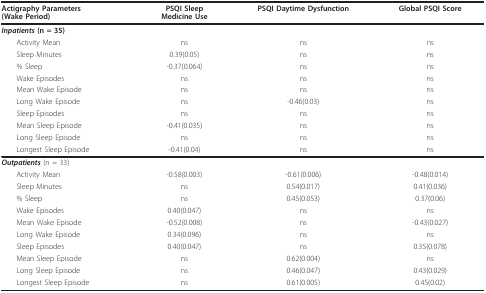
| Actigraphy Parameters(Wake Period) | PSQI SleepMedicine Use | PSQI Daytime Dysfunction | Global PSQI Score |
 | --- | --- | --- | --- |
 | Inpatients (n = 35) |  |  |  |
 | Activity Mean | ns | ns | ns |
 | Sleep Minutes | 0.39(0.05) | ns | ns |
 | % Sleep | -0.37(0.064) | ns | ns |
 | Wake Episodes | ns | ns | ns |
 | Mean Wake Episode | ns | ns | ns |
 | Long Wake Episode | ns | -0.46(0.03) | ns |
 | Sleep Episodes | ns | ns | ns |
 | Mean Sleep Episode | -0.41(0.035) | ns | ns |
 | Long Sleep Episode | ns | ns | ns |
 | Longest Sleep Episode | -0.41(0.04) | ns | ns |
 | Outpatients (n = 33) |  |  |  |
 | Activity Mean | -0.58(0.003) | -0.61(0.006) | -0.48(0.014) |
 | Sleep Minutes | ns | 0.54(0.017) | 0.41(0.036) |
 | % Sleep | ns | 0.45(0.053) | 0.37(0.06) |
 | Wake Episodes | 0.40(0.047) | ns | ns |
 | Mean Wake Episode | -0.52(0.008) | ns | -0.43(0.027) |
 | Long Wake Episode | 0.34(0.096) | ns | ns |
 | Sleep Episodes | 0.40(0.047) | ns | 0.35(0.078) |
 | Mean Sleep Episode | ns | 0.62(0.004) | ns |
 | Long Sleep Episode | ns | 0.46(0.047) | 0.43(0.029) |
 | Longest Sleep Episode | ns | 0.61(0.005) | 0.45(0.02) |